Lunatic asylums in Bengal annual reports 1899-1911 - 1899-1911
Year: 1899
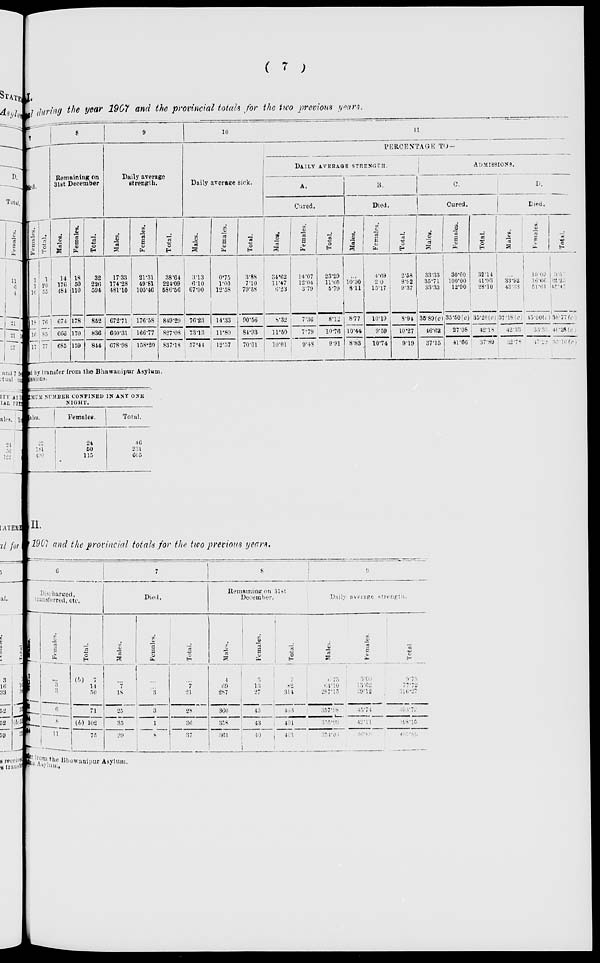
( 7 )
No I.
Bengal during the year 1907 and the provincial totals for the two previous years.
7
Females.
1
1
16
18
16
17
Total.
1
20
55
76
85
77
8
Remaining on
31st December
Males.
14
176
484
674
666
685
Females.
18
50
110
178
170
159
Total.
32
226
594
852
836
844
9
Daily average
strength.
Males.
17.33
174.28
481.10
672.71
660.31
678.98
Females.
21.31
49.81
105.46
176.58
166.77
158.20
Total.
38.64
224.09
586.56
849.29
827.08
837.18
10
Daily average sick.
Males.
3.13
6.10
67.00
76.23
73.13
57.44
Females.
0.75
1.00
12.58
14.33
11.80
12.57
Total.
3.88
7.10
79.58
90.56
84.93
70.01
11
PERCENTAGE TO—
DAILY AVERAGE STRENGTH.
A.
Cured.
Males.
34.62
11.47
6.23
8.32
11.50
10.01
Females.
14.07
12.04
3.79
7.36
7.79
9.48
Total.
23.29
11.60
5.79
8.12
10.76
9.91
B.
Died.
Males.
...
10.90
8.11
8.77
10.44
8.83
Females.
4.69
2.0
15.17
10.19
9.59
10.74
Total.
2.58
8.92
9.37
8.94
10.27
9.19
ADMISSIONS.
C.
Cured.
Males.
33.33
35.71
33.33
35.89(c)
46.62
37.15
Females.
30.00
100.00
12.90
35.50(c)
27.08
41.66
Total.
32.14
41.93
28.10
35.20 (c)
42.18
37.89
D.
Died.
Males.
...
33.92
43.33
37.18(c)
42.33
32.78
Females.
10.00
16.66
51.61
45.00(c)
33.33
47.22
Total.
3.57
32.25
45.45
38.77(c)
40.28(c)
35.16 (c)
ed by transfer from the Bhawanipur Asylum.
issions.
ASYLUM
NUMBER CONFINED IN ANY ONE
NIGHT.
Males.
22
181
490
Females.
24
50
115
Total.
46
231
605
No II.
1907 and the provincial totals for the two previous years.
6
Discharged,
transferred, etc.
Males.
7
11
47
65
94
64
Females.
...
3
3
6
8
11
Total.
(b) 7
14
50
71
(b) 102
75
7
Died.
Males.
...
7
18
25
35
29
Females.
...
... 3
3
1
8
Total.
...
7
21
28
36
37
8
Remaining on 31st
December.
Males.
4
69
287
360
358
361
Females.
3
13
27
43
43
40
Total.
7
82
314
403
401
401
9
Daily average
strength.
Males.
6.73
64.10
287.15
357.98
355.99
354.00
Females.
3.00
13. 62
29.12
45.74
42.11
46.89
Total.
9.73
77.72
316.27
403.72
398.10
400.89
transfer from Bhowanipur Asylum.
to Patna Asylum.